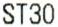
ST30